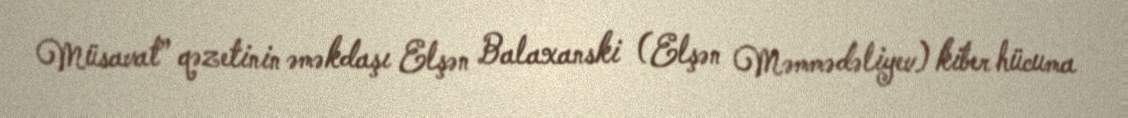
Müsavat” qəzetinin əməkdaşı Elşən Balaxanski (Elşən Məmmədəliyev) kiber hücuma